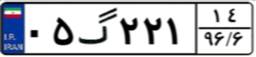
۲۴گ۸۳۳۲۲